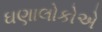
ઘણાલોકોએ